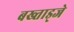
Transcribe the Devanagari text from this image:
बख्ताड्जे